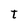
Character: t